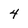
Character: 4